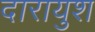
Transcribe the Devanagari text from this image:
दारायुश